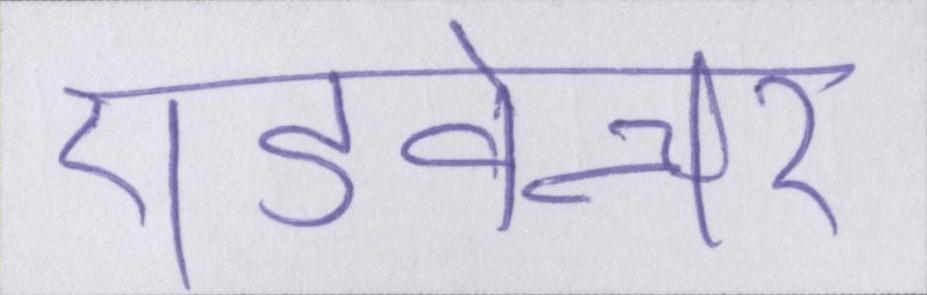
एडवेन्चर